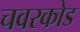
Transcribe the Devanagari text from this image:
चवरकोड